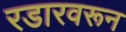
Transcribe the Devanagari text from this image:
रडारवरून